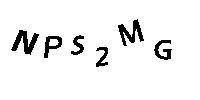
NPS2MG